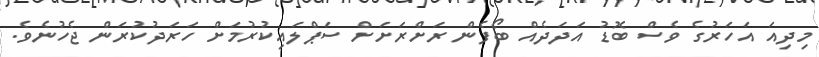
މިދިއަ އަހަރުގެ ވެސް ބޮޑު އަދަދެއް ބޯފެން ރަށްރަށަށް ސަޕްލައިކުރުމަށް ހަރަދުކުރަން ޖެހުނެވެ.